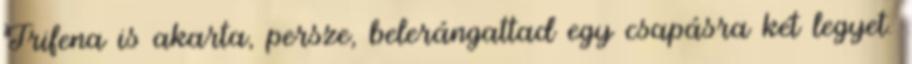
Trifena is akarta, persze, belerángattad egy csapásra két legyet.